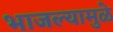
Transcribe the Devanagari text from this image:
भाजल्यामुळे